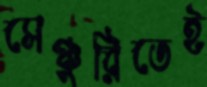
সেঞ্চুরিতেই